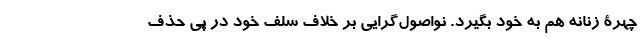
چهرۀ زنانه هم به خود بگیرد. نواصول‌گرایی بر خلاف سلف خود در پی حذف